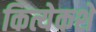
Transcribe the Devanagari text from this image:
कित्येकशे